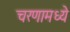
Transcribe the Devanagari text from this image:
चरणामध्ये